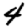
Digit: 4